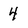
Character: 4